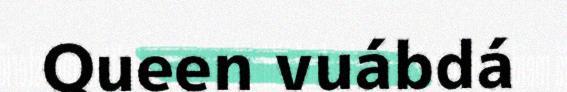
Queen vuábdá